Leaving Certificate Examination (including Day School Certificate (Higher) General paper), 1930
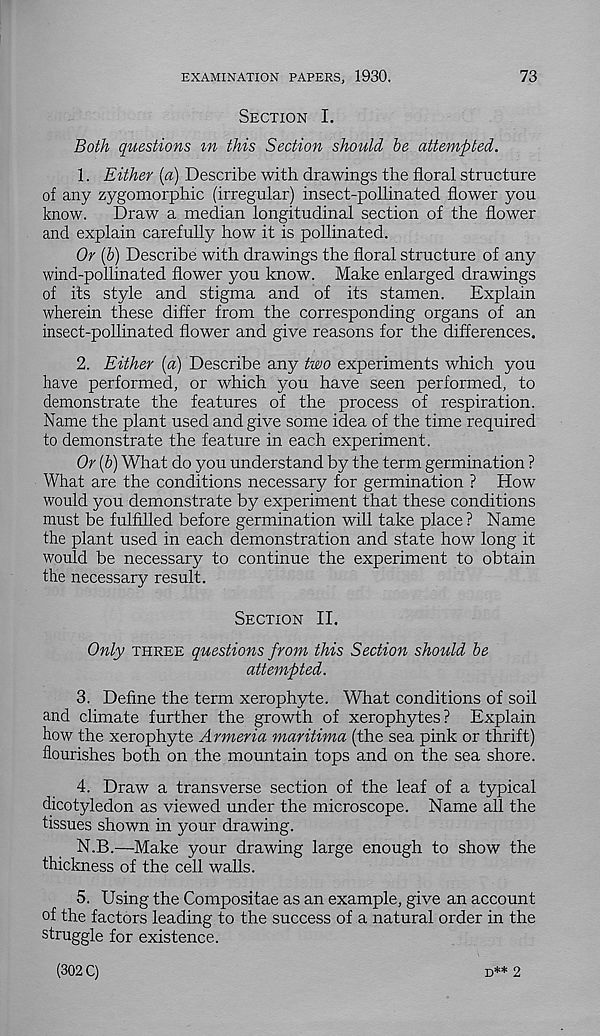
EXAMINATION PAPERS, 1930.
73
Section I.
Both questions m this Section should be attempted.
1. Either {a) Describe with drawings the floral structure
of any zygomorphic (irregular) insect-pollinated flower you
know.
Draw a median longitudinal section of the flower
and explain carefully how it is pollinated.
Or (&) Describe with drawings the floral structure of any
wind-pollinated flower you know. Make enlarged drawings
of its style and stigma and of its stamen.
Explain
wherein these differ from the corresponding organs of an
insect-pollinated flower and give reasons for the differences.
2. Either (a) Describe any two experiments which you
have performed, or which you have seen performed, to
demonstrate the features of the process of respiration.
Name the plant used and give some idea of the time required
to demonstrate the feature in each experiment.
Or [b) What do you understand by the term germination ?
What are the conditions necessary for germination ? How
would you demonstrate by experiment that these conditions
must be fulfilled before germination will take place? Name
the plant used in each demonstration and state how long it
would be necessary to continue the experiment to obtain
the necessary result.
Section II.
Only three questions from this Section should be
attempted.
3. Define the term xerophyte. What conditions of soil
and climate further the growth of xerophytes? Explain
how the xerophyte Armeria maritima (the sea pink or thrift)
flourishes both on the mountain tops and on the sea shore.
4. Draw a transverse section of the leaf of a typical
dicotyledon as viewed under the microscope. Name all the
tissues shown in your drawing.
N.B.—Make your drawing large enough to show the
thickness of the cell walls.
5. Using the Compositae as an example, give an account
of the factors leading to the success of a natural order in the
struggle for existence.
(302 C)
d** 2